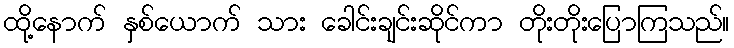
ထို့နောက် နှစ်ယောက် သား ခေါင်းချင်းဆိုင်ကာ တိုးတိုးပြောကြသည်။